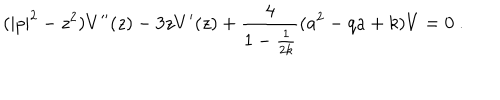
LaTeX: ( | p | ^ { 2 } - z ^ { 2 } ) V ^ { \prime \prime } ( z ) - 3 z V ^ { \prime } ( z ) + \frac { 4 } { 1 - \frac { 1 } { 2 k } } ( a ^ { 2 } - q a + k ) V = 0 ~ .